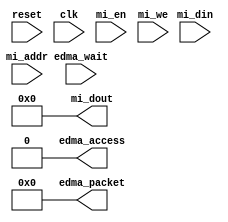
module edma (
   mi_dout, edma_access, edma_packet,
   reset, clk, mi_en, mi_we, mi_addr, mi_din, edma_wait
   );
   parameter RFAW            = 6;
   parameter AW              = 32;
   parameter DW              = 32;
   parameter PW              = 104;
   input 	     reset; 
   input 	     clk;
   input 	     mi_en;         
   input 	     mi_we; 
   input [RFAW+1:0]  mi_addr;
   input [63:0]      mi_din;
   output [31:0]     mi_dout;   
   output 	     edma_access;
   output [PW-1:0]   edma_packet;
   input 	     edma_wait;
   assign edma_access=1'b0;
   assign edma_packet='d0;
   assign  mi_dout='d0;
endmodule